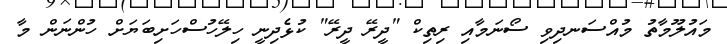
މައުލޫމާތު މުއްސަނދިވި ސޯނަމާއި ރިތިކް "ދީރޭ ދީރޭ" ކުޅެދިނީ ހިލޭހުސްހަށިބަޔަށް ހުންނަން މާ